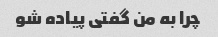
چرا به من گفتی پیاده شو